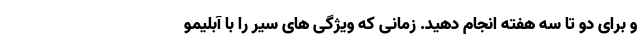
و برای دو تا سه هفته انجام دهید. زمانی که ویژگی های سیر را با آبلیمو